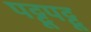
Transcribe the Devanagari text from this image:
पट्टूपट्टू